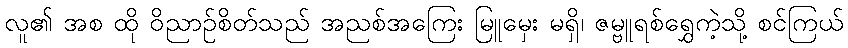
လူ၏ အစ ထို ဝိညာဉ်စိတ်သည် အညစ်အကြေး မြူမှေး မရှိ၊ ဇမ္ဗူရစ်ရွှေကဲ့သို့ စင်ကြယ်